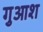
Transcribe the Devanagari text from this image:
गुआश